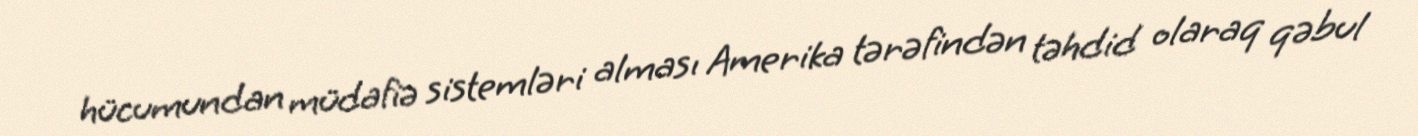
hücumundan müdafiə sistemləri alması Amerika tərəfindən təhdid olaraq qəbul